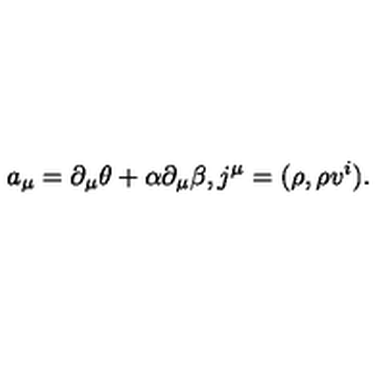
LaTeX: a _ { \mu } = \partial _ { \mu } \theta + \alpha \partial _ { \mu } \beta , j ^ { \mu } = ( \rho , \rho v ^ { i } ) .